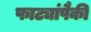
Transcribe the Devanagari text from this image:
फाट्यांपैकी